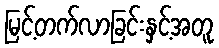
မြင့်တက်လာခြင်းနှင့်အတူ